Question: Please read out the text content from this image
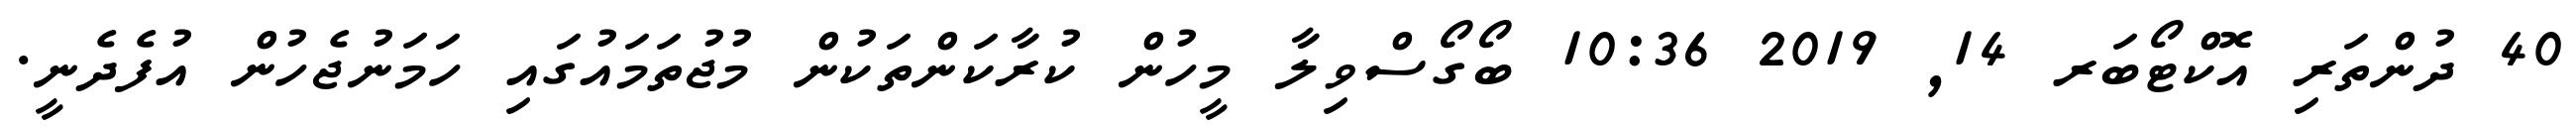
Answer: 40 ދުންތަރި އޮކްޓޯބަރ 14, 2019 10:36 ބޯގޯސްވިލާ މީހުން ކުރާކަންތަކުން މުޖުތަމައުގައި ހަމަނުޖެހުން އުފެދެނީ.